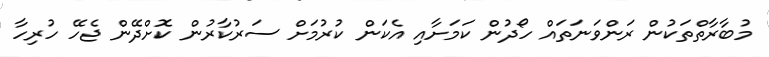
މުބާރާތްތަކުން ރަންވަނަތައް ހޯދުން ކަމަށާއި އެކަން ކުރުމަށް ސަރުކާރުން ކޮށްދޭން ޖެހޭ ހުރިހާ